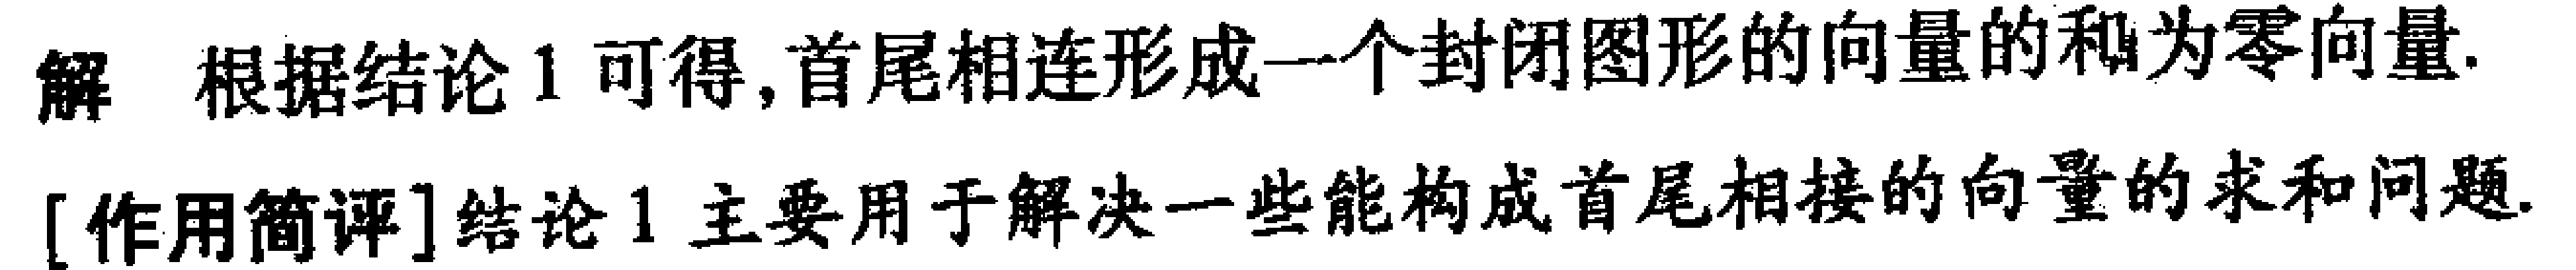
解 根据结论1可得,首尾相连形成一个封闭图形的向量的和为零向量.
[作用简评]结论1主要用于解决一些能构成首尾相接的向量的求和问题.